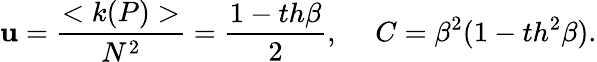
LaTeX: \mathbf{u}=\frac{{<k(P)>}}{{N^{2}}}=\frac{{1-th\beta}}{{2}},~~~~~C=\beta^{2}(1-th^{2}\beta).